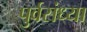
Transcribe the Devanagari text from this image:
पुर्वसंध्या